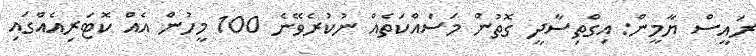
ރައީސް ޔާމީން: އިގްތިސާދީ ގޮތުން މަސައްކަތެއް ނުކުރެވޭނެ 100 މީހުން އެއް ކޮޓަރިއެއްގައި